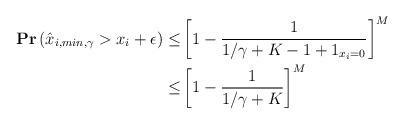
LaTeX: \begin{align*}\mathbf{Pr}\left(\hat{x}_{i,min,\gamma}> x_i + \epsilon\right) \leq& \left[1- \frac{1}{1/\gamma+K-1+1_{x_i=0}}\right]^M\\\leq&\left[1- \frac{1}{1/\gamma+K}\right]^M\end{align*}